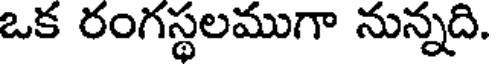
ఒక రంగస్థలముగా నున్నది.